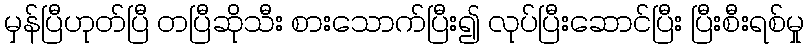
မှန်ပြီဟုတ်ပြီ တပြီဆိုသီး စားသောက်ပြီး၍ လုပ်ပြီးဆောင်ပြီး ပြီးစီးရစ်မှု